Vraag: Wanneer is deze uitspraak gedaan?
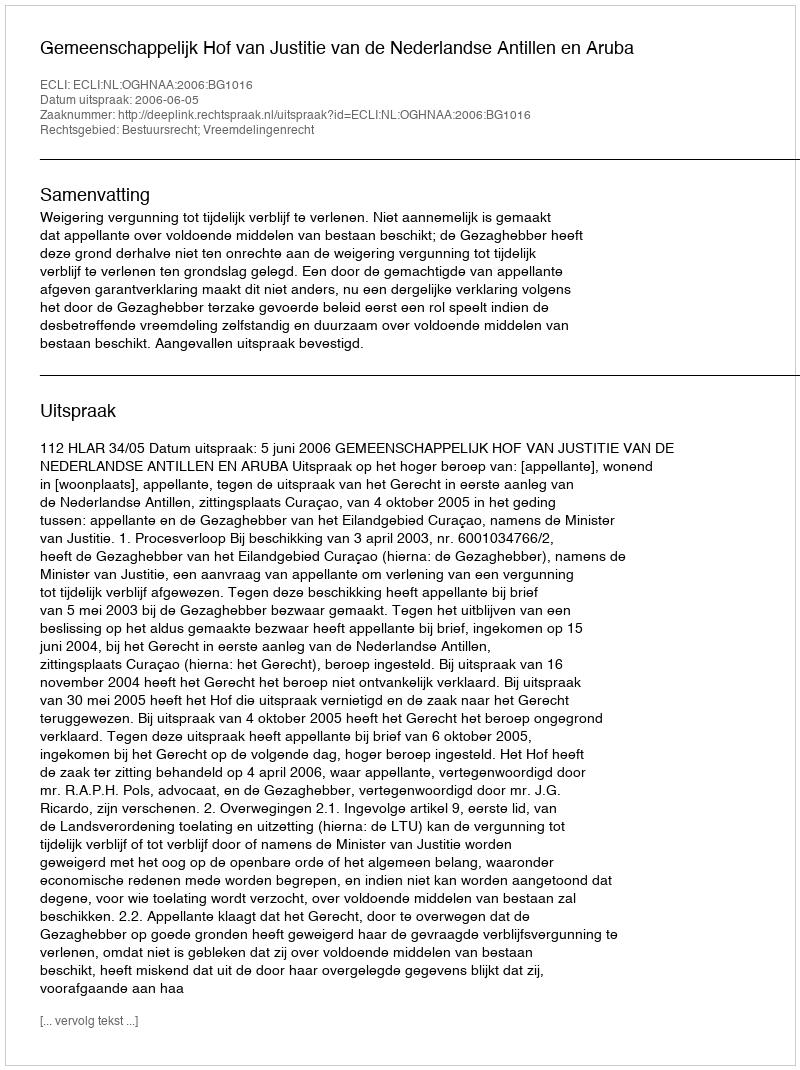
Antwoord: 2006-06-05